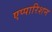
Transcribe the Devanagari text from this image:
एप्पारिशन